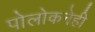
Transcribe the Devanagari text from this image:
पोलोकनेही